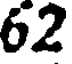
62